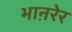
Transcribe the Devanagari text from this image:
भाऩरेर